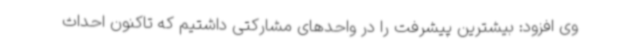
وی افزود: بیشترین پیشرفت را در واحدهای مشارکتی داشتیم که تاکنون احداث